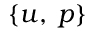
\{ \boldsymbol { u } , \; p \}